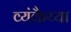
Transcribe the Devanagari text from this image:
व्यंकैय्या